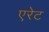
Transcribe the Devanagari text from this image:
एरेट